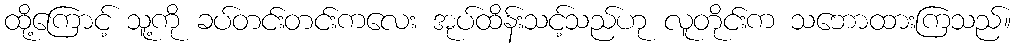
ထို့ကြောင့် သူ့ကို ခပ်တင်းတင်းကလေး အုပ်ထိန်းသင့်သည်ဟု လူတိုင်းက သဘောထားကြသည်။